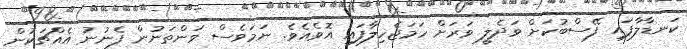
ކަނޑާލާފައި ފޭސްބުކަށް ވަދެލީ ވަރަށް ހަމަޖެހިލާފައި އޮވެއެވެ. ނަމަވެސް ވަންތަނުން ފެނުނު އެއްޗަކުން